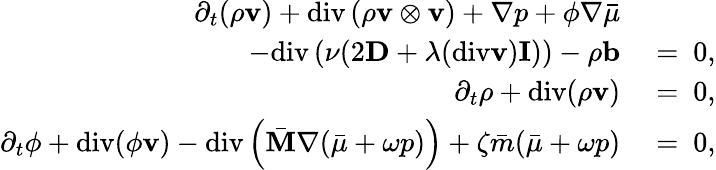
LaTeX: \begin{array}{rl}{\partial_{t}(\rho\mathbf{v})+\mathrm{div}\left(\rho\mathbf{v}\otimes\mathbf{v}\right)+\nabla p+\phi\nabla\bar{\mu}}&{{}}\\ {-\mathrm{div}\left(\nu(2\mathbf{D}+\lambda(\mathrm{div}\mathbf{v})\mathbf{I})\right)-\rho\mathbf{b}}&{{}=~0,}\\ {\partial_{t}\rho+\mathrm{div}(\rho\mathbf{v})}&{{}=~0,}\\ {\partial_{t}\phi+\mathrm{div}(\phi\mathbf{v})-\mathrm{div}\left(\bar{\mathbf{M}}\nabla(\bar{\mu}+\omega p)\right)+\zeta\bar{m}(\bar{\mu}+\omega p)}&{{}=~0,}\end{array}